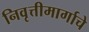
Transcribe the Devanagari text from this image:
निवृत्तीमार्गाचे